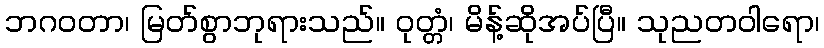
ဘဂဝတာ၊ မြတ်စွာဘုရားသည်။ ဝုတ္တံ၊ မိန့်ဆိုအပ်ပြီ။ သုညတဝါရော၊